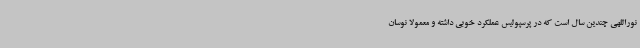
نوراللهی چندین سال است که در پرسپولیس عملکرد خوبی داشته و معمولا نوسان